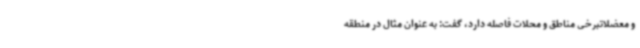
و معضلاتبرخی مناطق و محلات فاصله دارد، گفت: به عنوان مثال در منطقه